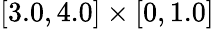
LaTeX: [3.0,4.0]\times[0,1.0]